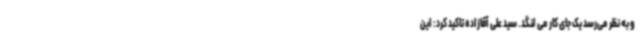
و به نظر می‌رسد یک جای کار می لنگد. سید علی آقازاده تاکید کرد: این